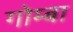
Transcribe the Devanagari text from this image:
गोम्बा